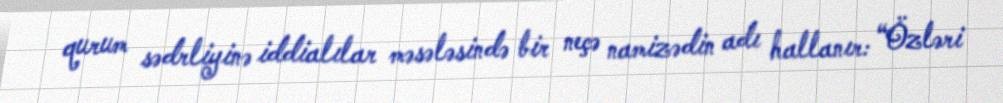
qurum sədrliyinə iddialılar məsələsində bir neçə namizədin adı hallanır: “Özləri